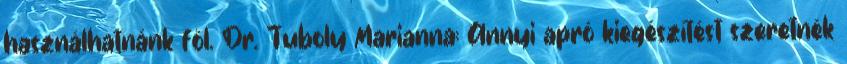
használhatnánk föl. Dr. Tuboly Marianna: Annyi apró kiegészítést szeretnék